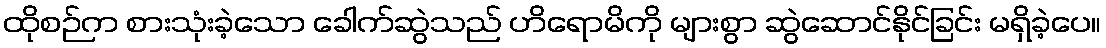
ထိုစဉ်က စားသုံးခဲ့သော ခေါက်ဆွဲသည် ဟိရောမိကို များစွာ ဆွဲဆောင်နိုင်ခြင်း မရှိခဲ့ပေ။